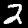
Digit: 2